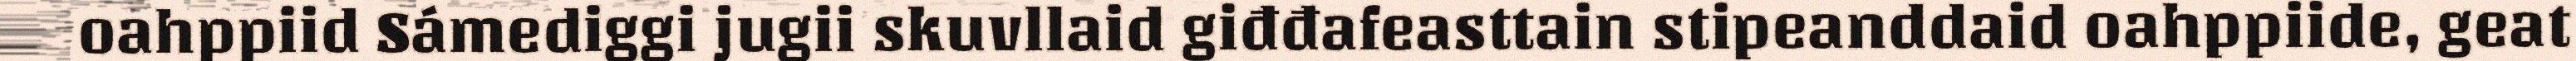
oahppiid Sámediggi jugii skuvllaid giđđafeasttain stipeanddaid oahppiide, geat